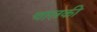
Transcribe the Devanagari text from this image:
चालकी